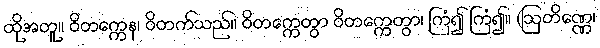
ထိုအတူ။ ဝိတက္ကေန၊ ဝိတက်သည်။ ဝိတက္ကေတွာ ဝိတက္ကေတွာ၊ ကြံ၍ ကြံ၍။ (ဩတိဏ္ဏေ၊